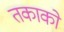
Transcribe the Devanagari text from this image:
तकाको